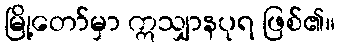
မြို့တော်မှာ ဣသျှာနပုရ ဖြစ်၏။